Report of the Indian Hemp Drugs Commission, 1894-1895 - Volume VIII
Year: 1894
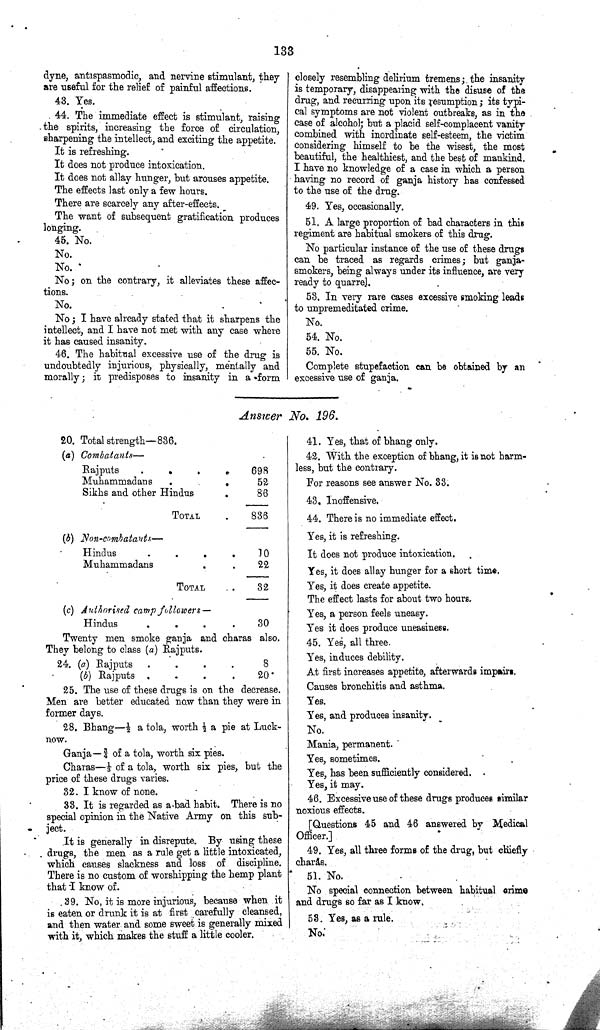
133
dyne, antispasmodic, and nervine stimulant, they
are useful for the relief of painful affections.
43. Yes.
44. The immediate effect is stimulant, raising
the spirits, increasing the force of circulation,
sharpening the intellect, and exciting the appetite.
It is refreshing.
It does not produce intoxication.
It does not allay hunger, but arouses appetite.
The effects last only a few hours.
There are scarcely any after-effects.
The want of subsequent gratification produces
longing.
45. No.
No.
No.
No; on the contrary, it alleviates these affec¬
tions.
No.
No; I have already stated that it sharpens the
intellect, and I have not met with any case where
it has caused insanity.
46. The habitual excessive use of the drug is
undoubtedly injurious, physically, mentally and
morally; it predisposes to insanity in a form
closely resembling delirium tremens; the insanity
is temporary, disappearing with the disuse of the
drug, and recurring upon its resumption; its typi¬
cal symptoms are not violent outbreaks, as in the
case of alcohol; but a placid self-complacent vanity
combined with inordinate self-esteem, the victim
considering himself to be the wisest, the most
beautiful, the healthiest, and the best of mankind.
I have no knowledge of a case in which a person
having no record of ganja history has confessed
to the use of the drug.
49. Yes, occasionally.
51. A large proportion of bad characters in this
regiment are habitual smokers of this drug.
No particular instance of the use of these drugs
can be traced as regards crimes; but ganja-
smokers, being always under its influence, are very
ready to quarrel.
53. In very rare cases excessive smoking leads
to unpremeditated crime.
No.
54. No.
55. No.
Complete stupefaction can be obtained by an
excessive use of ganja.
Answer No. 196.
20. Total strength—836.
(a) Combatants—
Rajputs
698
Muhammadans
52
Sikhs and other Hindus
86
TOTAL
836
(b) Non-combatants—
Hindus
10
Muhammadans
22
TOTAL
32
(c) Authorised camp followers—
Hindus
30
Twenty men smoke ganja and charas also.
They belong to class (a) Rajputs.
24. (a) Rajputs
8
(b) Rajputs
20.
25. The use of these drugs is on the decrease.
Men are better educated now than they were in
former days.
28. Bhang—1/2 a tola, worth 1/2 a pie at Luck-
now.
Ganja—3/4 of a tola, worth six pies.
Charas—1/3 of a tola, worth six pies, but the
price of these drugs varies.
32. I know of none.
33. It is regarded as a bad habit. There is no
special opinion in the Native Army on this sub¬
ject.
It is generally in disrepute. By using these
drugs, the men as a rule get a little intoxicated,
which causes slackness and loss of discipline.
There is no custom of worshipping the hemp plant
that I know of.
39. No, it is more injurious, because when it
is eaten or drunk it is at first carefully cleansed,
and then water and some sweet is generally mixed
with it, which makes the stuff a little cooler.
41. Yes, that of bhang only.
42. With the exception of bhang, it is not harm¬
less, but the contrary.
For reasons see answer No. 33.
43. Inoffensive.
44. There is no immediate effect.
Yes, it is refreshing.
It does not produce intoxication.
Yes, it does allay hunger for a short time.
Yes, it does create appetite.
The effect lasts for about two hours.
Yes, a person feels uneasy.
Yes it does produce uneasiness.
45. Yes, all three.
Yes, induces debility.
At first increases appetite, afterwards impairs.
Causes bronchitis and asthma.
Yes.
Yes, and produces insanity.
No.
Mania, permanent.
Yes, sometimes.
Yes, has been sufficiently considered.
Yes, it may.
46. Excessive use of these drugs produces similar
noxious effects.
[Questions 45 and 46 answered by Medical
Officer.]
49. Yes, all three forms of the drug, but chiefly
charas.
51. No.
No special connection between habitual crime
and drugs so far as I know.
53. Yes, as a rule.
No.